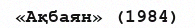
«Ақбаян» (1984)